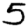
Digit: 5